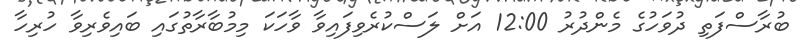
ބުރާސްފަތި ދުވަހުގެ މެންދުރު 12:00 އަށް ލަސްކުރެވިފައިވާ ވާހަކަ މިމުބާރާތުގައި ބައިވެރިވާ ހުރިހާ